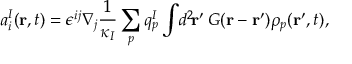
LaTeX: a _ { i } ^ { I } ( { \bf r } , t ) = \epsilon ^ { i j } \nabla _ { j } \frac { 1 } { \kappa _ { I } } \sum _ { p } q _ { p } ^ { I } \int \! d ^ { 2 } \! { \bf r } ^ { \prime } \, G ( { \bf r } - { \bf r } ^ { \prime } ) \rho _ { p } ( { \bf r } ^ { \prime } , t ) ,